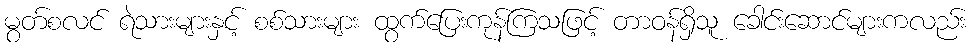
မွတ်စလင် ရဲသားများနှင့် စစ်သားများ ထွက်ပြေးကုန်ကြသဖြင့် တာဝန်ရှိသူ ခေါင်းဆောင်များကလည်း